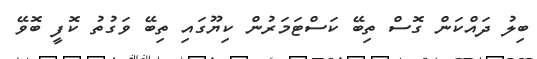
ބިލު ދައްކަން ގޮސް ތިބޭ ކަސްޓަމަރުން ކިޔޫގައި ތިބޭ ވަގުތު ކޮފީ ބޮވޭ